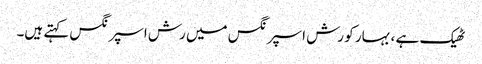
ٹھیک ہے ، بہار کو رش اسپرنگس میں رش اسپرنگس کہتے ہیں۔